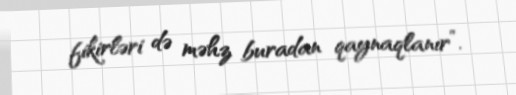
fikirləri də məhz buradan qaynaqlanır”.